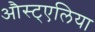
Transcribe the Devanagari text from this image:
औस्ट्एलिया